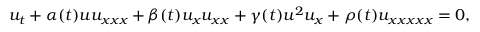
u _ { t } + \alpha ( t ) u u _ { x x x } + \beta ( t ) u _ { x } u _ { x x } + \gamma ( t ) u ^ { 2 } u _ { x } + \rho ( t ) u _ { x x x x x } = 0 ,